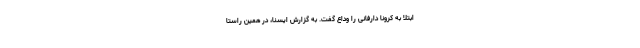
ابتلا به کرونا دارفانی را وداع گفت. به گزارش ایسنا، در همین راستا